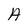
Character: A